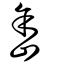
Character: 嵞